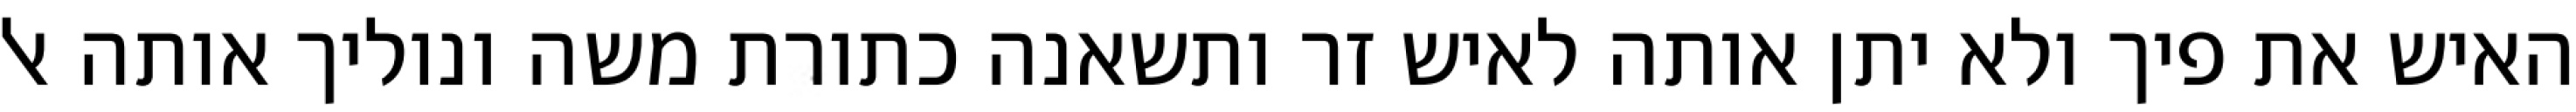
האיש את פיך ולא יתן אותה לאיש זר ותשאנה כתורת משה ונוליך אותה אל